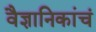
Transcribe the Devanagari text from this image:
वैज्ञानिकांचं